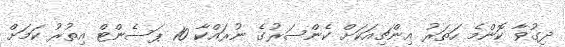
ދިގުވާ ކޮންމެ ހަތަރު އިންޗިއަކަށް ކެންސަރުގެ ނުރައްކާ 10 ޕަސެންޓް އިތުރު ކަމަށް